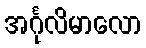
အင်္ဂုလိမာလော